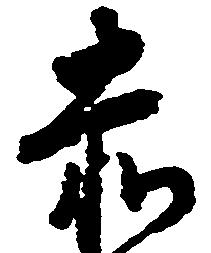
赤